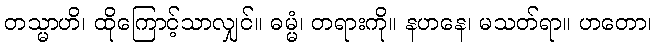
တသ္မာဟိ၊ ထိုကြောင့်သာလျှင်။ ဓမ္မံ၊ တရားကို။ နဟနေ၊ မသတ်ရာ။ ဟတော၊